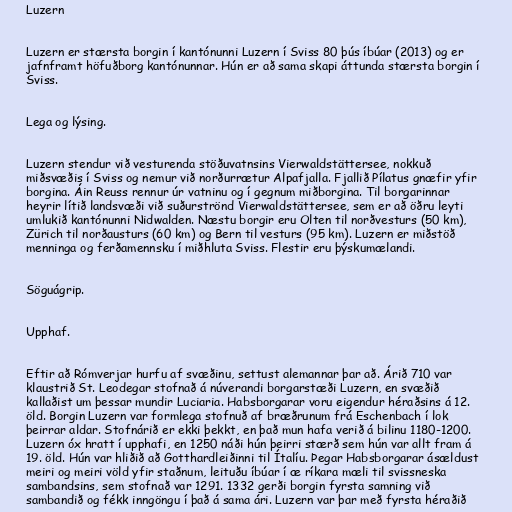
Luzern

Luzern er stærsta borgin í kantónunni Luzern í Sviss 80 þús íbúar (2013) og er
jafnframt höfuðborg kantónunnar. Hún er að sama skapi áttunda stærsta borgin í
Sviss.

Lega og lýsing.

Luzern stendur við vesturenda stöðuvatnsins Vierwaldstättersee, nokkuð
miðsvæðis í Sviss og nemur við norðurrætur Alpafjalla. Fjallið Pílatus gnæfir yfir
borgina. Áin Reuss rennur úr vatninu og í gegnum miðborgina. Til borgarinnar
heyrir lítið landsvæði við suðurströnd Vierwaldstättersee, sem er að öðru leyti
umlukið kantónunni Nidwalden. Næstu borgir eru Olten til norðvesturs (50 km),
Zürich til norðausturs (60 km) og Bern til vesturs (95 km). Luzern er miðstöð
menninga og ferðamennsku í miðhluta Sviss. Flestir eru þýskumælandi.

Söguágrip.

Upphaf.

Eftir að Rómverjar hurfu af svæðinu, settust alemannar þar að. Árið 710 var
klaustrið St. Leodegar stofnað á núverandi borgarstæði Luzern, en svæðið
kallaðist um þessar mundir Luciaria. Habsborgarar voru eigendur héraðsins á 12.
öld. Borgin Luzern var formlega stofnuð af bræðrunum frá Eschenbach í lok
þeirrar aldar. Stofnárið er ekki þekkt, en það mun hafa verið á bilinu 1180-1200.
Luzern óx hratt í upphafi, en 1250 náði hún þeirri stærð sem hún var allt fram á
19. öld. Hún var hliðið að Gotthardleiðinni til Ítalíu. Þegar Habsborgarar ásældust
meiri og meiri völd yfir staðnum, leituðu íbúar í æ ríkara mæli til svissneska
sambandsins, sem stofnað var 1291. 1332 gerði borgin fyrsta samning við
sambandið og fékk inngöngu í það á sama ári. Luzern var þar með fyrsta héraðið